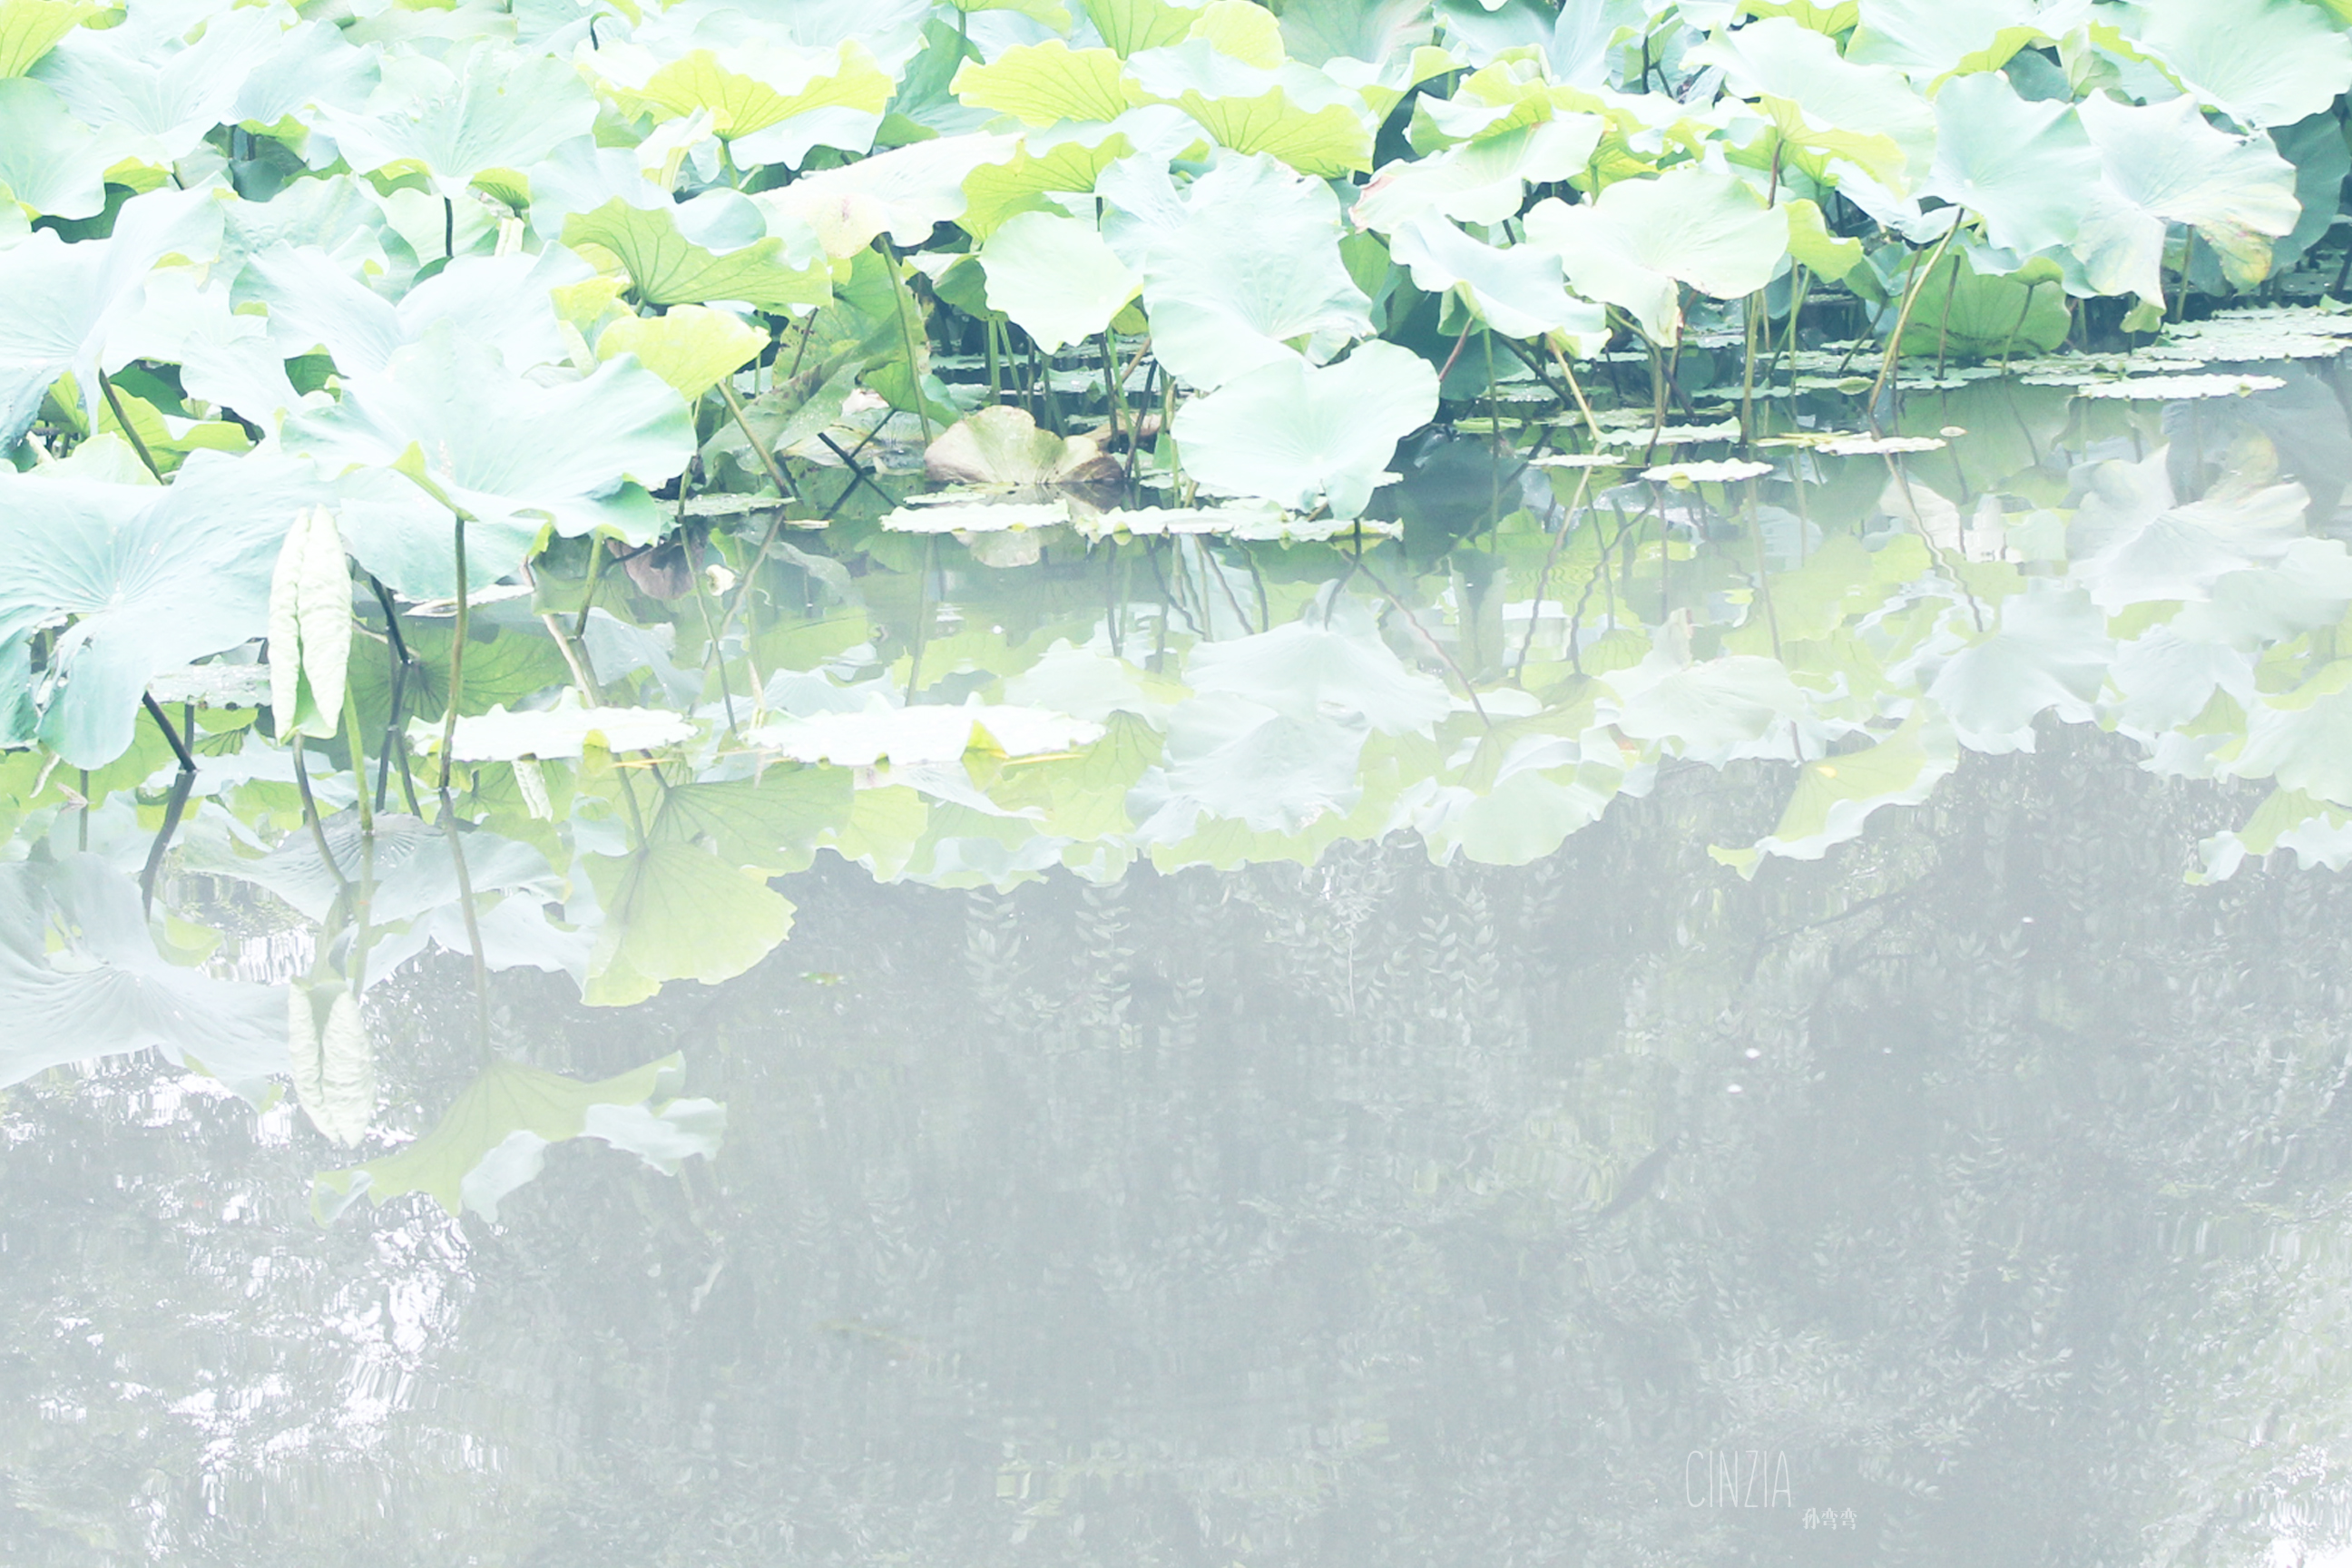
雾柳暗时云度月，露荷翻处水流萤。